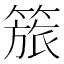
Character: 𥰠